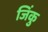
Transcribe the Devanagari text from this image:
जिंकु